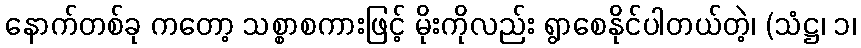
နောက်တစ်ခု ကတော့ သစ္စာစကားဖြင့် မိုးကိုလည်း ရွာစေနိုင်ပါတယ်တဲ့၊ (သံဋ္ဌ၊ ၁၊